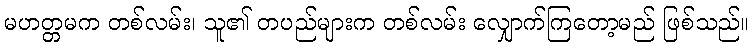
မဟတ္တမက တစ်လမ်း၊ သူ၏ တပည်များက တစ်လမ်း လျှောက်ကြတော့မည် ဖြစ်သည်။